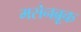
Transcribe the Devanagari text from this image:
मसेनब्रूक